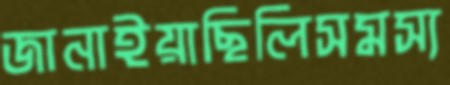
জানাইয়াছিলিসমস্য